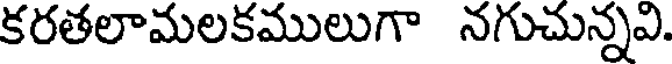
కరతలామలకములుగా నగుచున్నవి.